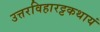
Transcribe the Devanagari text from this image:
उत्तरविहारट्टकथायं